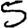
Digit: 5